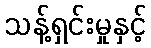
သန့်ရှင်းမှုနှင့်